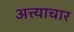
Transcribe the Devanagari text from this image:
अत्त्याचार